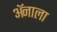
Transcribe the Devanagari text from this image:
ॲनाला